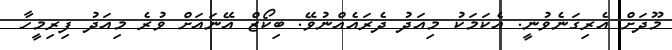
މޫދަށް އެރިގަނެވުނީ. އެކަމަކު މިއަދު ދެރައެއްނުވޭ. ބިކޯޒް އޭނައަށް ވުރެ މިއަދު ފިރިމީހާ